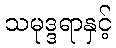
သမုဒ္ဒရာနှင့်